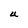
Character: U